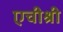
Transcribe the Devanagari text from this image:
एचीश्री